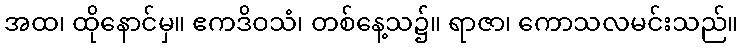
အထ၊ ထိုနောင်မှ။ ဧကဒိဝသံ၊ တစ်နေ့သ၌။ ရာဇာ၊ ကောသလမင်းသည်။